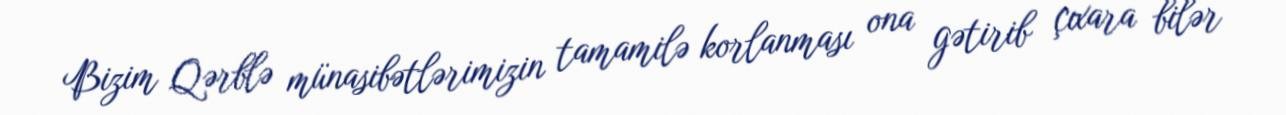
Bizim Qərblə münasibətlərimizin tamamilə korlanması ona gətirib çıxara bilər